Rangoon Lunatic Asylum 1878-1892 - 1878-1892
Year: 1878
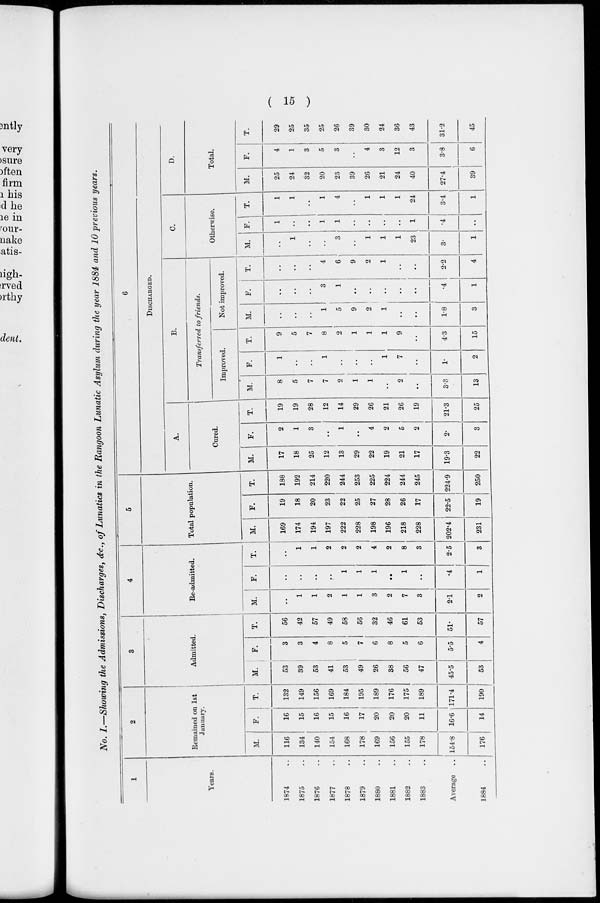
( 15 )
No. I.—Showing the Admissions, Discharges, &c., of Lunatics in the Rangoon Lunatic Asylum during the year 1884 and 10 previous years.
1
Years.
1874 ..
1875 ..
1876 ..
1877 ..
1878 ..
1879 ..
1880 ..
1881 ..
1882 ..
1883 ..
Average
..
1884 ..
2
Remained on 1st
January.
M.
116
134
140
154
168
178
169
156
155
178
154.8
176
F.
16
15
16
15
16
17
20
20
20
11
16.6
14
T.
132
149
156
169
184
195
189
176
175
189
171.4
190
3
Admitted.
M.
53
39
53
41
53
49
26
38
56
47
45.5
53
F.
3
3
4
8
5
7
6
8
5
6
5.5
4
T.
56
42
57
49
58
56
32
46
61
53
51.
57
4
Re-admitted.
M.
..
1
1
2
1
1
3
2
7
3
2.1
2
F.
..
..
..
..
1
1
1
..
1
..
.4
1
T.
..
1
1
2
2
2
4
2
8
3
2.5
3
5
Total population.
M.
169
174
194
197
222
228
198
196
218
228
202.4
231
F.
19
18
20
23
22
25
27
28
26
17
22.5
19
T.
188
192
214
220
244
253
225
224
244
245
224.9
250
6
DISCHARGED.
A.
Cured.
M.
17
18
25
12
13
29
22
19
21
17
19.3
22
F.
2
1
3
..
1
..
4
2
5
2
2.
3
T.
19
19
28
12
14
29
26
21
26
19
21.3
25
B.
Transferred to friends.
Improved.
M.
8
5
7
7
2
1
1
..
2
..
3.3
13
F.
1
..
..
1
..
..
..
1
7
..
1.
2
T.
9
5
7
8
2
1
1
1
9
..
4.3
15
Not improved.
M.
..
..
..
1
5
9
2
1
..
..
1.8
3
F.
..
..
..
3
1
..
..
..
..
..
.4
1
T.
..
..
..
4
6
9
2
1
..
..
2.2
4
C.
Otherwise.
M.
..
1
..
..
3
..
1
1
1
23
3.
1
F.
1
..
..
1
1
..
..
..
..
1
.4
..
T.
1
1
..
1
4
..
1
1
1
24
3.4
1
D.
Total.
M.
25
24
32
20
23
39
26
21
24
40
27.4
39
F.
4
1
3
5
3
..
4
3
12
3
3.8
6
T.
29
25
35
25
26
39
30
24
36
43
31.2
45